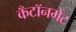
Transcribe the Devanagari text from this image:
कँटॉनमेंट